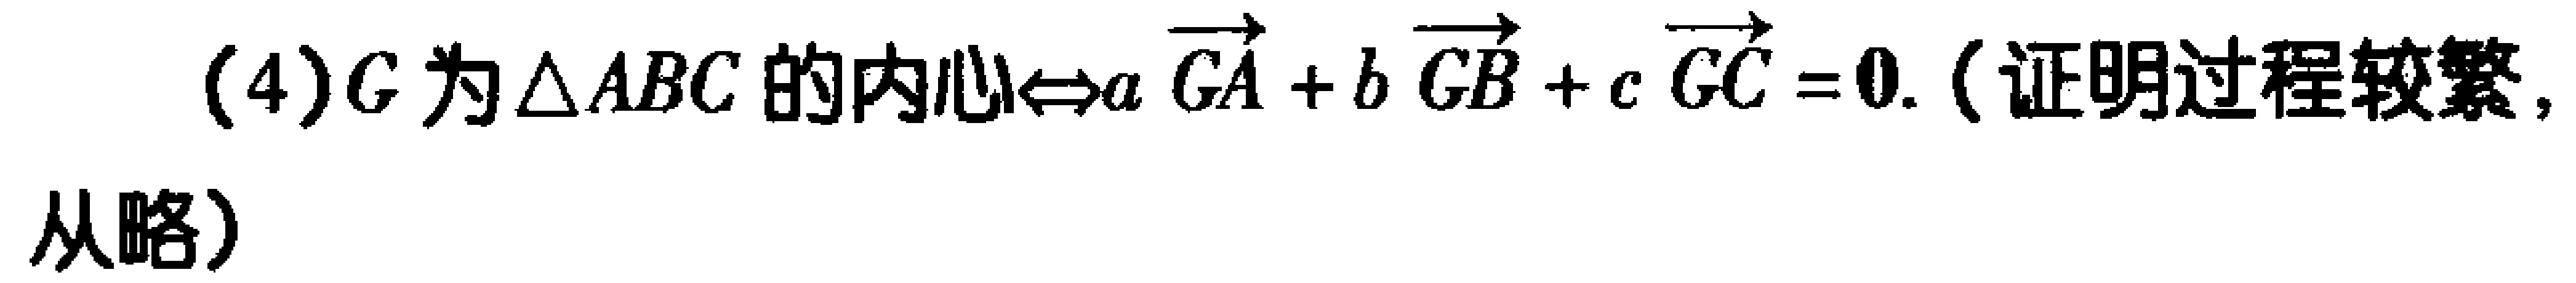
(4)$G$为$\triangle ABC$的内心$\Leftrightarrow a\overrightarrow{GA}+b\overrightarrow{GB}+c\overrightarrow{GC}=0$. (证明过程较繁，从略）